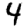
Digit: 4